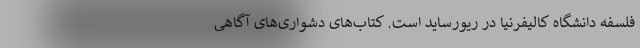
فلسفهٔ دانشگاه کالیفرنیا در ریورساید است. کتاب‌های دشواری‌های آگاهی